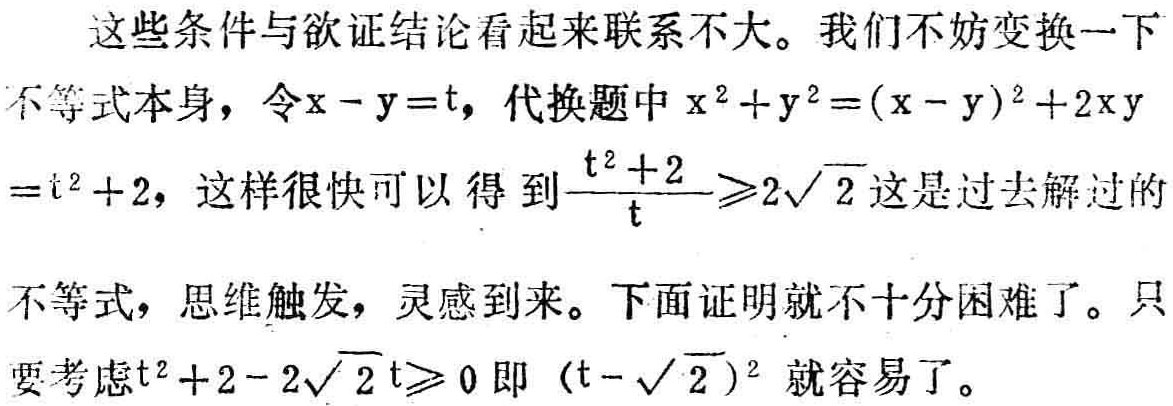
这些条件与欲证结论看起来联系不大。我们不妨变换一下不等式本身，令\(x - y = t\)，代换题中\(x^{2}+y^{2}=(x - y)^{2}+2xy=t^{2}+2\)，这样很快可以得到\(\frac{t^{2}+2}{t}\geqslant2\sqrt{2}\)这是过去解过的不等式，思维触发，灵感到来。下面证明就不十分困难了。只要考虑\(t^{2}+2 - 2\sqrt{2}t\geqslant0\)即\((t - \sqrt{2})^{2}\)就容易了。